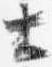
士